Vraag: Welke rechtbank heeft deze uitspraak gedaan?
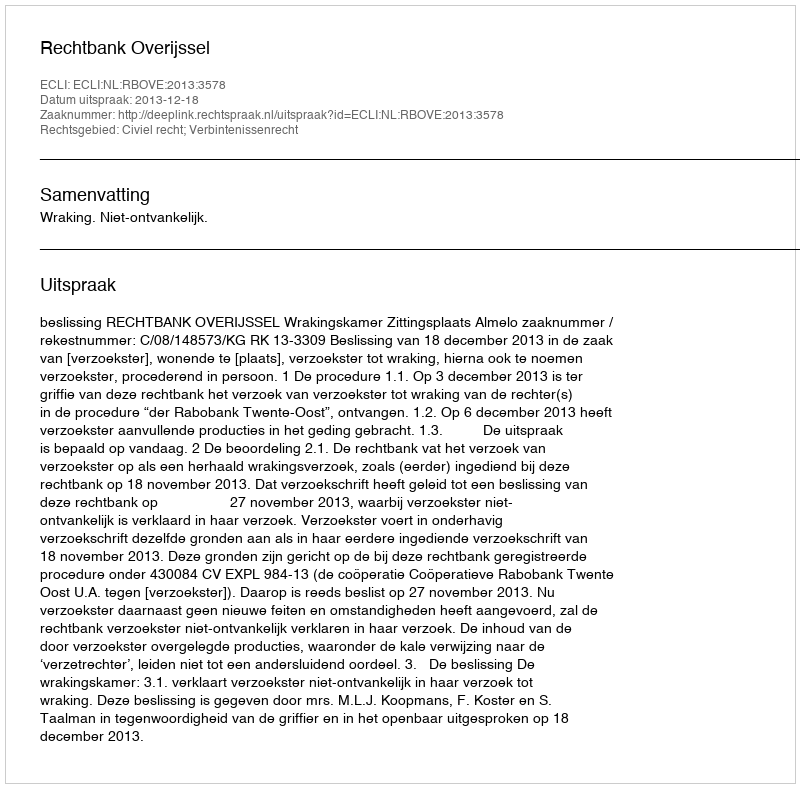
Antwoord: Rechtbank Overijssel